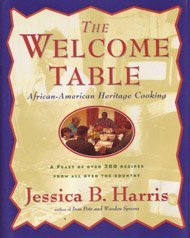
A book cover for WELCOME TABLE: African-American Heritage Cooking; Jessica B. Harris; Cookbooks, Food & Wine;